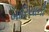
બારિયાની